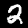
Digit: 2